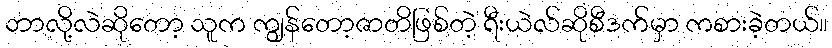
ဘာလို့လဲဆိုတော့ သူက ကျွန်တော့ဇာတိဖြစ်တဲ့ ရီးယဲလ်ဆိုစီဒက်မှာ ကစားခဲ့တယ်။